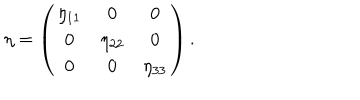
LaTeX: \eta = \left( \begin{array} { c c c } { { \eta _ { 1 1 } } } & { { 0 } } & { { 0 } } \\ { { 0 } } & { { \eta _ { 2 2 } } } & { { 0 } } \\ { { 0 } } & { { 0 } } & { { \eta _ { 3 3 } } } \\ \end{array} \right) .